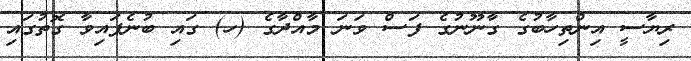
ރިޔާސީ އިންތިހާބުގެ ގާނޫނުގެ ފަސް ވަނަ މާއްދާގެ (ހ) ގައި ބުނެފައިވާ ގޮތުގައި